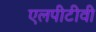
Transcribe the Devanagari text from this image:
एलपीटीवी